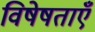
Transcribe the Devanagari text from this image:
विषेषताएँ